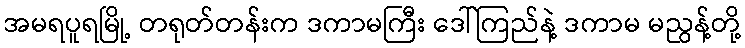
အမရပူရမြို့ တရုတ်တန်းက ဒကာမကြီး ဒေါ်ကြည်နဲ့ ဒကာမ မညွန့်တို့